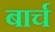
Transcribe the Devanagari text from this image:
बार्च